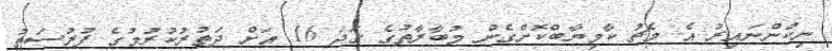
ނިކުންނައިރު އެ މެޗު ކާމިޔާބްކޮށްގެން މުބާރާތުގެ ގަދަ 16 އަށް ދަތުރުކުރުމުގެ ފުރުސަތު